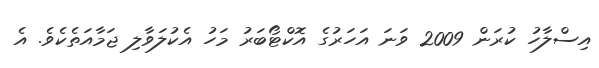
އިސްލާހު ކުރަން 2009 ވަނަ އަހަރުގެ އޮކްޓޯބަރު މަހު އެކުލަވާލި ޖަމާއަތެކެވެ. އެ